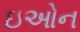
ઇઓન